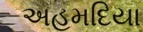
અહમદિયા